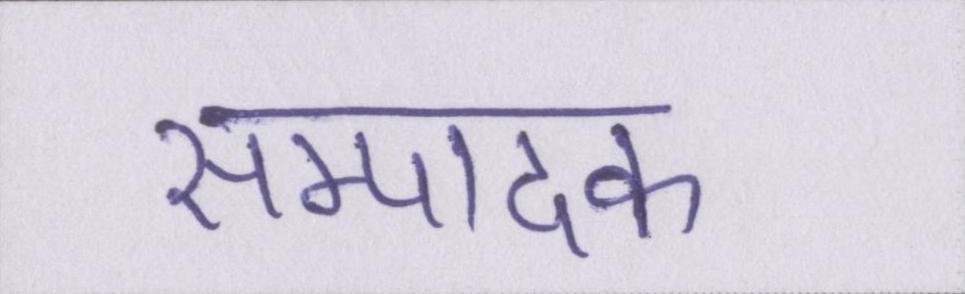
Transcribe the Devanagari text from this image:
सम्पादक